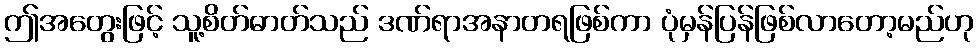
ဤအတွေးဖြင့် သူ့စိတ်ဓာတ်သည် ဒဏ်ရာအနာတရဖြစ်ကာ ပုံမှန်ပြန်ဖြစ်လာတော့မည်ဟု